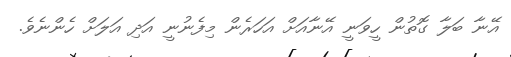
އޭނާ ބަލާ ގޮތުން ހީވަނީ އޭނާއަށް އަހަރެން މިފެނުނީ އަދި އަލަށް ހެންނެވެ.